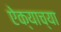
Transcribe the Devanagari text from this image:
ऐक्याच्या